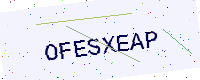
Text: OFESXEAP